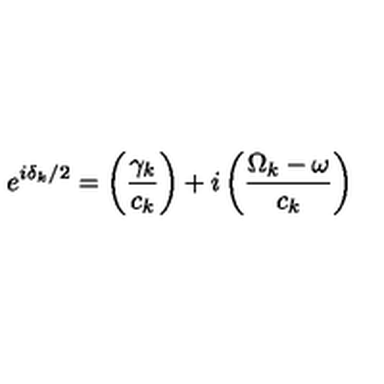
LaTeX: e ^ { i \delta _ { k } / 2 } = \left( \frac { \gamma _ { k } } { c _ { k } } \right) + i \left( \frac { \Omega _ { k } - \omega } { c _ { k } } \right)